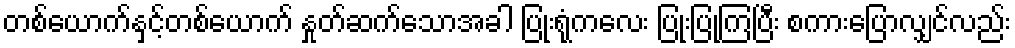
တစ်ယောက်နှင့်တစ်ယောက် နှုတ်ဆက်သောအခါ ပြုံးရုံကလေး ပြုံးပြုကြပြီး စကားပြောလျှင်လည်း